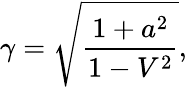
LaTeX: \gamma=\sqrt{\frac{1+a^{2}}{1-V^{2}}},